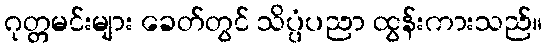
ဂုတ္တမင်းများ ခေတ်တွင် သိပ္ပံပညာ ထွန်းကားသည်။